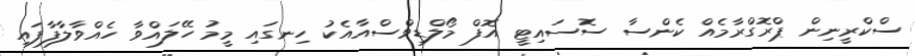
ސްކްރީނިން ޕްރޮގްރާމެއް ކެންސާ ސޮސައިޓީ އޮފް މޯލްޑިވްސްއާއެކު ހިނގައި މީމު ހޭލައްވާ ހެއްވާލާފާފައި